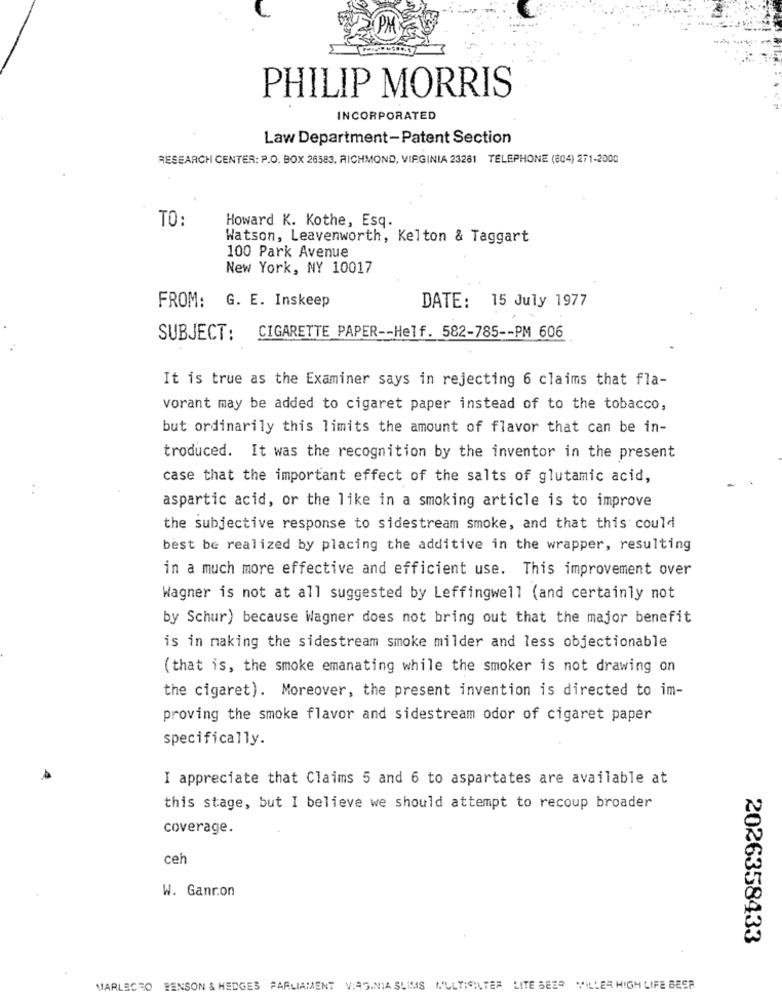
PM
PHILIP MORRIS
INCORPORATED
Law Department-Patent Section
RESEARCH CENTER: P.O. BOX 26583. RICHMOND, VIRGINIA 23281 TELEPHONE (804) 271-2000
TO:
Howard K. Kothe, Esq.
Watson, Leavenworth, Kelton & Taggart
100 Park Avenue
New York, NY 10017
FROM: G. E. Inskeep
DATE: 15 July 1977
SUBJECT:
CIGARETTE PAPER -- Helf. 582-785 -- PM 606
It is true as the Examiner says in rejecting 6 claims that fla-
vorant may be added to cigaret paper instead of to the tobacco,
but ordinarily this limits the amount of flavor that can be in-
troduced. It was the recognition by the inventor in the present
case that the important effect of the salts of glutamic acid,
aspartic acid, or the like in a smoking article is to improve
the subjective response to sidestream smoke, and that this could
best be realized by placing the additive in the wrapper, resulting
in a much more effective and efficient use. This improvement over
Wagner is not at all suggested by Leffingwell (and certainly not
by Schur) because Wagner does not bring out that the major benefit
is in making the sidestream smoke milder and less objectionable
(that is, the smoke emanating while the smoker is not drawing on
the cigaret). Moreover, the present invention is directed to im-
proving the smoke flavor and sidestream odor of cigaret paper
specifically.
I appreciate that Claims 5 and 6 to aspartates are available at
this stage, but I believe we should attempt to recoup broader
coverage.
ceh
W. Ganron
2026358433
MARLBORO BENSON & HEDGES PARLIAMENT VIAS.NIA SLIMS MULTICILTER LITE SEER WILLER HIGH LIFE BESP